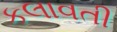
કલાવતી